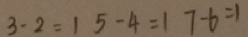
3 - 2 = 1 5 - 4 = 1 7 - 6 = 1